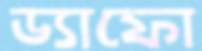
ড্যাফো